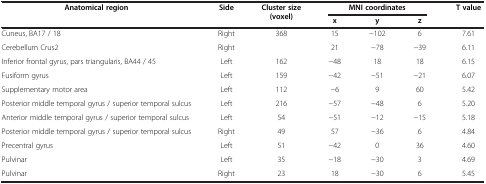
<table><thead><tr><td><b>Anatomical region</b></td><td><b>Side</b></td><td><b>Cluster size (voxel)</b></td><td colspan="3"><b>MNI coordinates</b></td><td><b>T value</b></td></tr><tr><td><b> </b></td><td><b> </b></td><td><b> </b></td><td><b>x</b></td><td><b>y</b></td><td><b>z</b></td><td><b> </b></td></tr></thead><tbody><tr><td>Cuneus, BA17 / 18</td><td>Right</td><td>368</td><td>15</td><td>-102</td><td>6</td><td>7.61</td></tr><tr><td>Cerebellum Crus2</td><td>Right</td><td> </td><td>21</td><td>-78</td><td>-39</td><td>6.11</td></tr><tr><td>Inferior frontal gyrus, pars triangularis, BA44 / 45</td><td>Left</td><td>162</td><td>-48</td><td>18</td><td>18</td><td>6.15</td></tr><tr><td>Fusiform gyrus</td><td>Left</td><td>159</td><td>-42</td><td>-51</td><td>-21</td><td>6.07</td></tr><tr><td>Supplementary motor area</td><td>Left</td><td>112</td><td>-6</td><td>9</td><td>60</td><td>5.42</td></tr><tr><td>Posterior middle temporal gyrus / superior temporal sulcus</td><td>Left</td><td>216</td><td>-57</td><td>-48</td><td>6</td><td>5.20</td></tr><tr><td>Anterior middle temporal gyrus / superior temporal sulcus</td><td>Left</td><td>54</td><td>-51</td><td>-12</td><td>-15</td><td>5.18</td></tr><tr><td>Posterior middle temporal gyrus / superior temporal sulcus</td><td>Right</td><td>49</td><td>57</td><td>-36</td><td>6</td><td>4.84</td></tr><tr><td>Precentral gyrus</td><td>Left</td><td>51</td><td>-42</td><td>0</td><td>36</td><td>4.60</td></tr><tr><td>Pulvinar</td><td>Left</td><td>35</td><td>-18</td><td>-30</td><td>3</td><td>4.69</td></tr><tr><td>Pulvinar</td><td>Right</td><td>23</td><td>18</td><td>-30</td><td>6</td><td>5.45</td></tr></tbody></table>